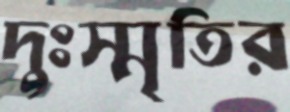
দুঃস্মৃতির